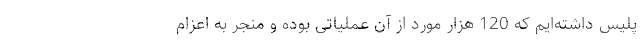
پلیس داشته‌ایم که 120 هزار مورد از آن عملیاتی بوده و منجر به اعزام